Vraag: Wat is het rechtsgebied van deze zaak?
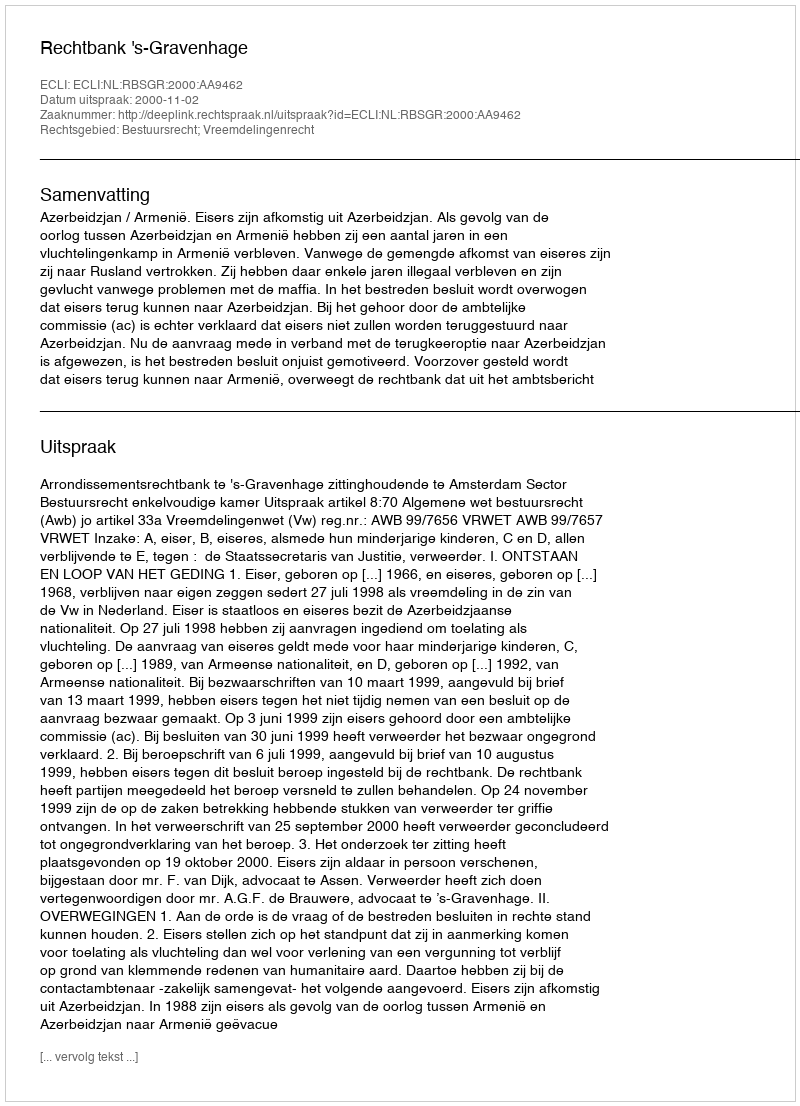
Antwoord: Bestuursrecht; Vreemdelingenrecht